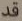
قد